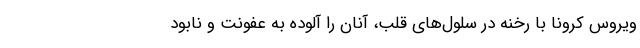
ویروس کرونا با رخنه در سلول‌های قلب، آنان را آلوده به عفونت و نابود